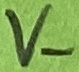
Text: V-